Lunatic asylums Bombay report 1891-1903 - 1891-1903
Year: 1891
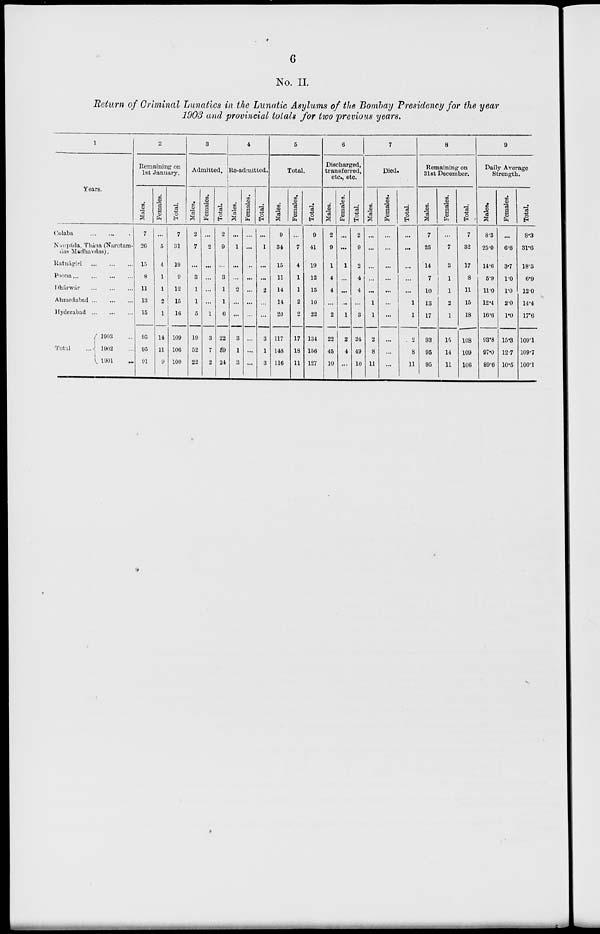
6
No. II.
Return of Criminal Lunatics in the Lunatic Asylums of the Bombay Presidency for the year
1903 and provincial totals for two previous years.
1
Years.
Colaba
...
...
Naupáda, Thána (Narotam-
das Madhavdas).
Ratnágiri
...
...
...
Poona
...
...
...
...
Dhárwár
...
...
...
Ahmedabad
...
...
...
Hyderabad
...
...
...
Total
1903 ...
1902 ...
1901 ...
2
Remaining on
1st January.
Males.
7
26
15
8
11
13
15
95
95
91
Females.
...
5
4
1
1
2
1
14
11
9
Total.
7
31
19
9
12
15
16
109
106
100
3
Admitted.
Males.
2
7
...
3
1
1
5
19
52
22
Females.
...
2
...
...
...
...
1
3
7
2
Total.
2
9
...
3
1
1
6
22
59
24
4
Re-admitted.
Males.
...
1
...
...
2
...
...
3
1
3
Females.
...
...
...
...
...
...
...
...
...
...
Total.
...
1
...
...
2
...
...
3
1
3
5
Total.
Males.
9
34
15
11
14
14
20
117
148
116
Females.
...
7
4
1
1
2
2
17
18
11
Total.
9
41
19
12
15
16
22
134
156
127
6
Discharged,
transferred,
etc., etc
Males.
2
9
1
4
4
...
2
22
45
10
Females.
...
...
1
...
...
...
1
2
4
...
Total.
2
9
2
4
4
...
3
24
49
10
7
Died.
Males.
...
...
...
...
...
1
1
2
8
11
Females.
...
...
...
...
...
...
...
...
...
...
Total.
...
...
...
...
...
1
1
2
8
11
8
Remaining on
31st December.
Males.
7
25
14
7
10
13
17
93
95
95
Females.
...
7
3
1
1
2
1
15
14
11
Total.
7
32
17
8
11
15
18
108
109
106
9
Daily Average
Strength.
Males.
8.3
25.0
14.6
5.9
11.0
12.4
16.6
93.8
97.0
89.6
Females.
...
6.6
3.7
1.0
1.0
2.0
1.0
15.3
12.7
10.5
Total.
8.3
31.6
18.3
6.9
12.0
14.4
17.6
109.1
109.7
100.1